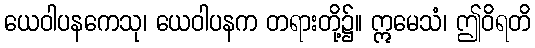
ယေဝါပနကေသု၊ ယေဝါပနက တရားတို့၌။ ဣမေသံ၊ ဤဝိရတိ